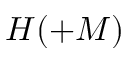
H ( + M )